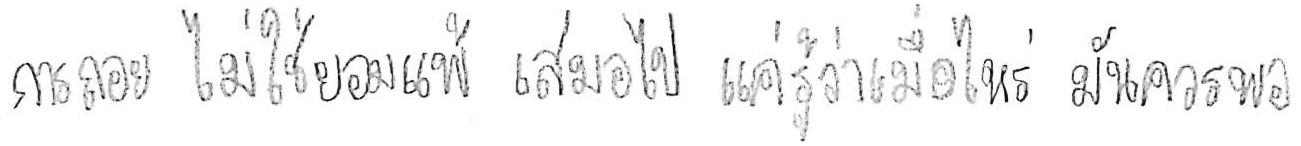
การถอย ไม่ใช่ยอมแพ้ เสมอไป แค่รู้ว่าเมื่อไหร่ มันควรพอ